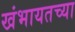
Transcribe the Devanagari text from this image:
खंभायतच्या